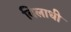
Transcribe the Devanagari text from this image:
विलाधी